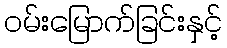
ဝမ်းမြောက်ခြင်းနှင့်